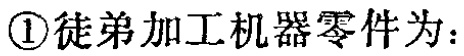
\textcircled{1}徒弟加工机器零件为：